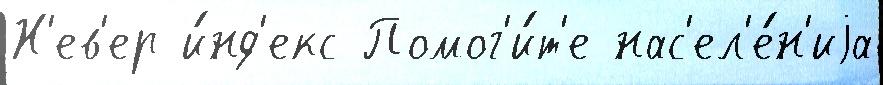
Н'ев'ер и́нд'екс Помог'и́т'е нас'ел'е́н'иjа